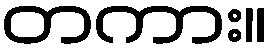
တကား။